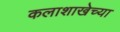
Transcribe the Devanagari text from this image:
कलाशाखेच्या